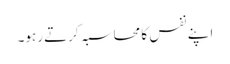
اپنے نفس کا محاسبہ کرتے رہو۔